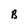
Character: B